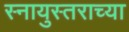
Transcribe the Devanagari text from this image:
स्नायुस्तराच्या